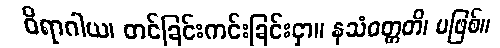
ဝိရာဂါယ၊ တင်ခြင်းကင်းခြင်းငှာ။ နသံဝတ္တတိ၊ မဖြစ်။